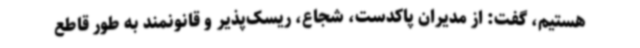
هستیم، گفت: از مدیران پاکدست، شجاع، ریسک‌پذیر و قانونمند به طور قاطع